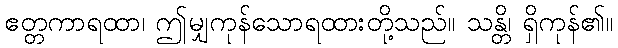
ဧတ္တကာရထာ၊ ဤမျှကုန်သောရထားတို့သည်။ သန္တိ၊ ရှိကုန်၏။